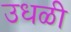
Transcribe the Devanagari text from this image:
उधळी